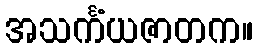
အသင်္ကံယဇာတက။